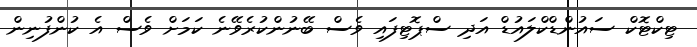
ޓިކްޓޮކް ސައުންޑްކްލައުޑް އަދި ސްޕޮޓިފައި ވެސް ބޭނުންކުރެވޭނެ ކަމަށް ވެސް އެ ކުންފުނިން